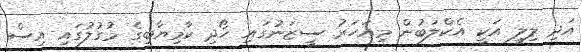
އަދި ލިލީ އަކީ އެކްލަބުން މިއަހަރު ސީޒަނުގައި ހޯދި ކާމިޔާބީގެ މުގުލުގައި އިސް